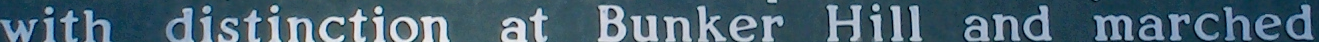
with distinction at Bunker Hill and marched